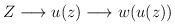
\begin{align*}Z \longrightarrow u(z) \longrightarrow w(u(z))\end{align*}